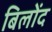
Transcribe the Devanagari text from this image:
बिलोंद